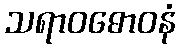
သရာဝဓောဝနံ